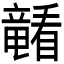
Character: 𪿁